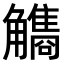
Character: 𧥏